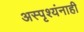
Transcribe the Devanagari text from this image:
अस्पृश्यंनाही